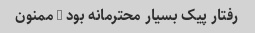
رفتار پیک بسیار محترمانه بود … ممنون